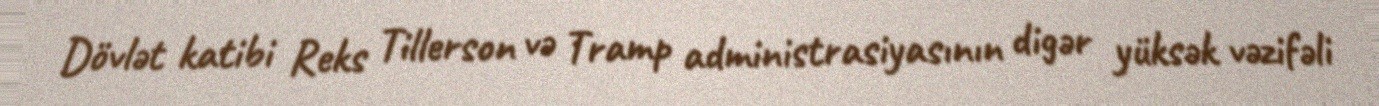
Dövlət katibi Reks Tillerson və Tramp administrasiyasının digər yüksək vəzifəli